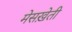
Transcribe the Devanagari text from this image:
मेसख़ेती